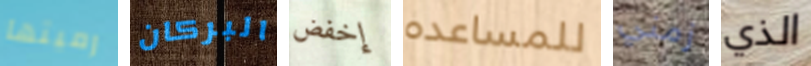
رميتها البركان إخفض للمساعده زمني الذي